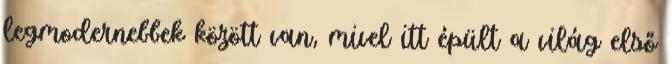
legmodernebbek között van, mivel itt épült a világ első